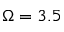
\Omega = 3 . 5